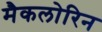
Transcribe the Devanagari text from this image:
मैकलोरिन